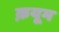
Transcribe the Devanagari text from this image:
क़यूम